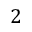
2